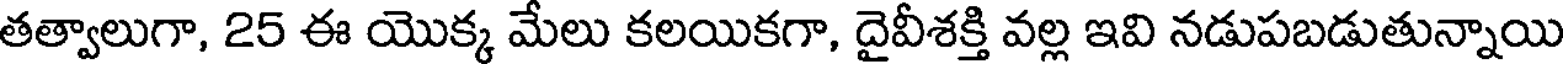
తత్వాలుగా, 25 ఈ యొక్క మేలు కలయికగా, దైవీశక్తి వల్ల ఇవి నడుపబడుతున్నాయి